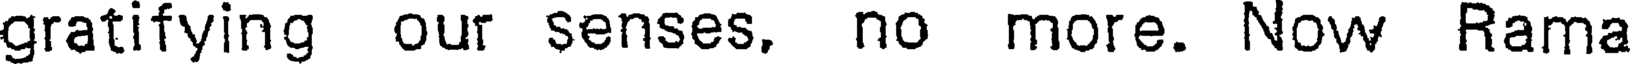
gratifying our senses. no more. Now Rama